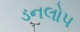
ડનલોપ